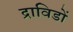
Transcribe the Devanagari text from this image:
द्राविडों